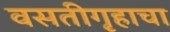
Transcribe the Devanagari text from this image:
वसतीगृहाचा